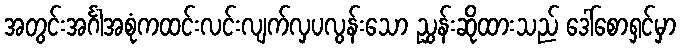
အတွင်းအင်္ဂါအစုံကထင်းလင်းလျက်လှပလွန်းသော ညွှန်းဆိုထားသည် ဒေါ်စောရှင်မှာ